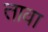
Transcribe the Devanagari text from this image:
तावा